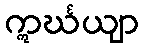
ဣင်္ဃယျာ